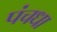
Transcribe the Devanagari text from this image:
पंचधा